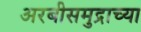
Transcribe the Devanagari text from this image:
अरबीसमुद्राच्या